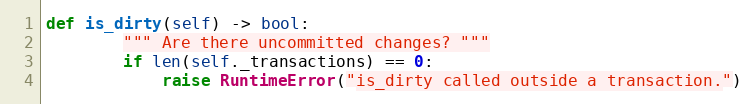
Language: Python
def is_dirty(self) -> bool:
        """ Are there uncommitted changes? """
        if len(self._transactions) == 0:
            raise RuntimeError("is_dirty called outside a transaction.")